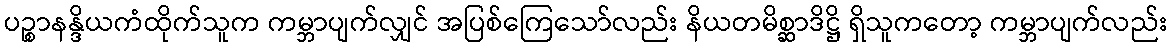
ပဉ္စာနန္ဒိယကံထိုက်သူက ကမ္ဘာပျက်လျှင် အပြစ်ကြေသော်လည်း နိယတမိစ္ဆာဒိဋ္ဌိ ရှိသူကတော့ ကမ္ဘာပျက်လည်း